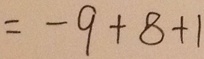
= - 9 + 8 + 1